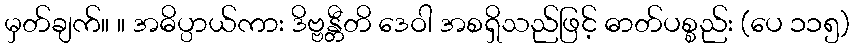
မှတ်ချက်။ ။ အဓိပ္ပာယ်ကား ဒိဗ္ဗန္တီတိ ဒေဝါ အစရှိသည်ဖြင့် ဓာတ်ပစ္စည်း (ပေ ၁၁၅)